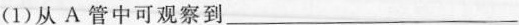
(1)从A管中可观察到___